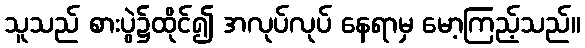
သူသည် စားပွဲ၌ထိုင်၍ အလုပ်လုပ် နေရာမှ မော့ကြည့်သည်။